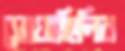
সোয়াহিলির